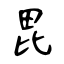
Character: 毘